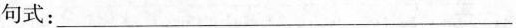
句式：___